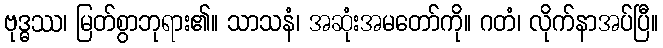
ဗုဒ္ဓဿ၊ မြတ်စွာဘုရား၏။ သာသနံ၊ အဆုံးအမတော်ကို။ ဂတံ၊ လိုက်နာအပ်ပြီ။